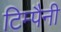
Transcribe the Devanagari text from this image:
टिम्पैनी